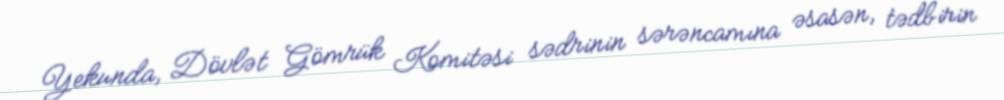
Yekunda, Dövlət Gömrük Komitəsi sədrinin sərəncamına əsasən, tədbirin